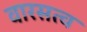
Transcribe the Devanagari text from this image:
वारसत्व